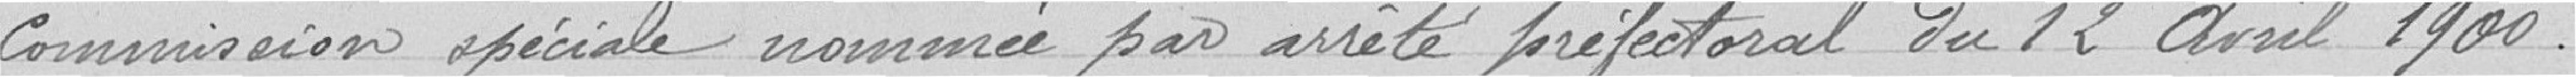
commission spéciale nommée par arrêté préfectoral du 12 avril 1900.